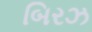
બિરઝ